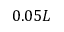
0 . 0 5 L